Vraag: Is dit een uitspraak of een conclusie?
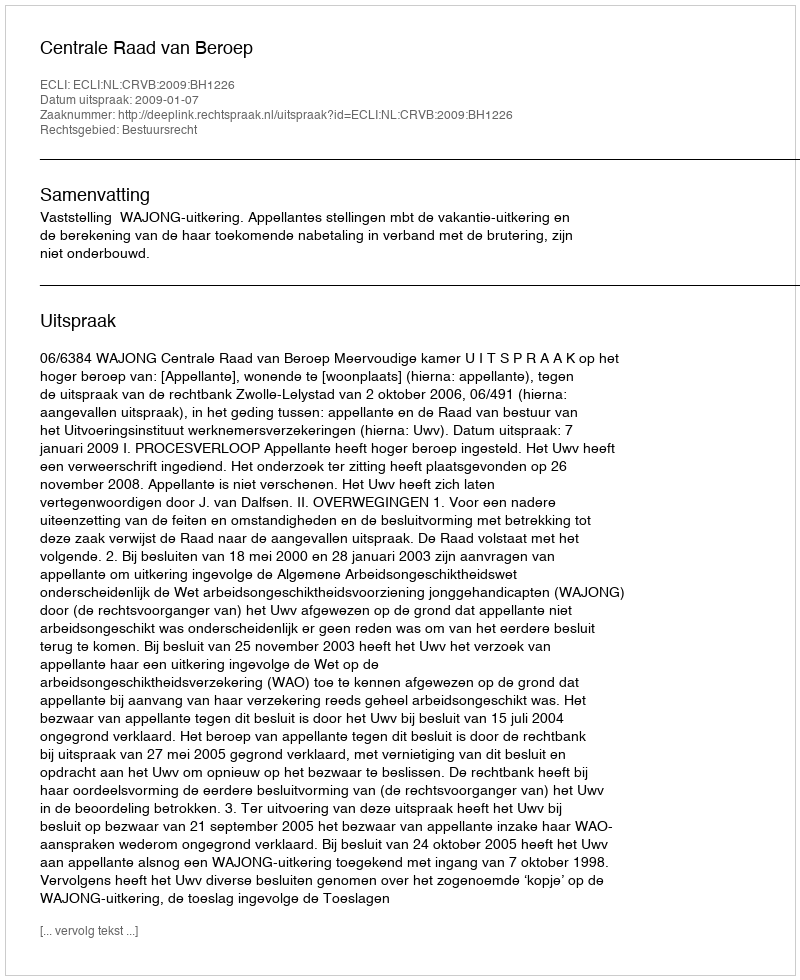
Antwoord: Uitspraak